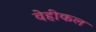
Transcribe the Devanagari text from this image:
वेहीकल